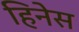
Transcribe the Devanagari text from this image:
हिनेस